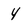
Character: 4